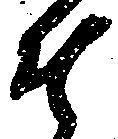
そ